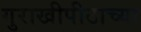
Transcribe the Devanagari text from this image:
गुराखीपीठाच्या